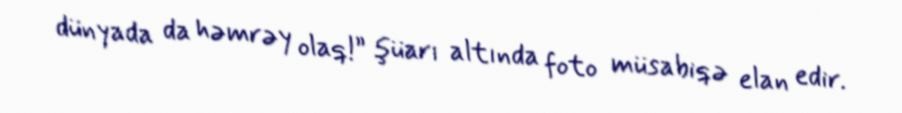
dünyada da həmrəy olaq!” şüarı altında foto müsabiqə elan edir.